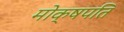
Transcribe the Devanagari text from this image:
मोक्षपति